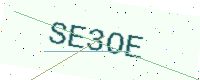
Text: SE3OE